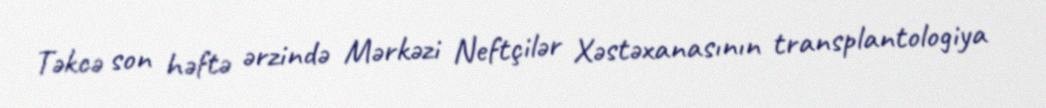
Təkcə son həftə ərzində Mərkəzi Neftçilər Xəstəxanasının transplantologiya